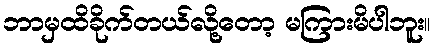
ဘာမှထိခိုက်တယ်လို့တော့ မကြားမိပါဘူး။